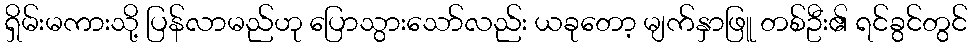
ရှိမ်းမကားသို့ ပြန်လာမည်ဟု ပြောသွားသော်လည်း ယခုတော့ မျက်နှာဖြူ တစ်ဦး၏ ရင်ခွင်တွင်